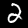
Label: 2